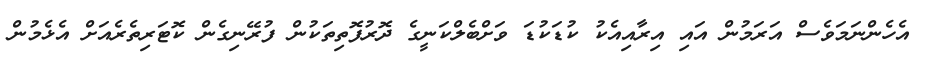
އެހެންނަމަވެސް އަރަމުން އައި އިރާއިއެކު ކުޑަކުޑަ ވަށްބެލްކަނީގެ ދޮރުފޮތިތަކުން ފުރޭނިގެން ކޮޓަރިތެރެއަށް އެޅެމުން